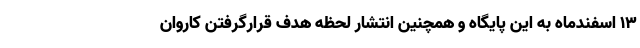
۱۳ اسفندماه به این پایگاه و همچنین انتشار لحظه هدف قرارگرفتن کاروان